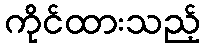
ကိုင်ထားသည့်